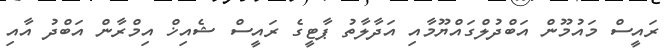
ރައީސް މައުމޫން އަބްދުލްގައްޔޫމާއި އަދާލާތު ޕާޓީގެ ރައީސް ޝެއިޚް އިމްރާން އަބްދު އާއި